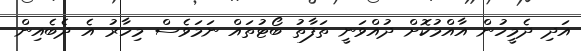
އަދި ދެމީހުން އާއްމުކޮށް ދުއްވަނީ ތަފާތު ބޯޓުތައް ނަމަވެސް މިހާރު އެ ދެބެއިން